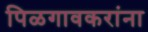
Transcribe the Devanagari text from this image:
पिळगावकरांना